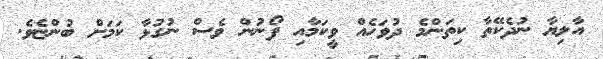
އާލިޔާ ނުދެކޭތާ ކިތަންމެ ދުވަހެއް ވީކަމާއި ފޯނުން ވެސް ނުގުޅާ ކަމަށް ބުންޏެވެ.